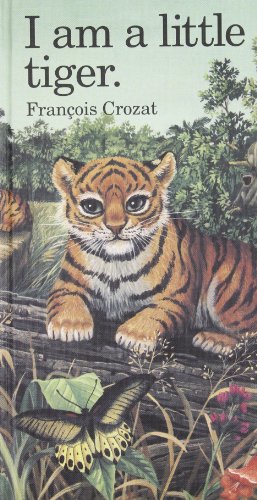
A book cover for I Am a Little Tiger: Large ("I Am" Series); Francois Crozat; Children's Books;